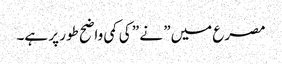
مصرع میں” نے ” کی کمی واضح طور پر ہے۔